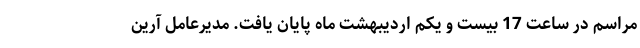
مراسم در ساعت 17 بیست و یکم اردیبهشت ماه پایان یافت. مدیرعامل آرین